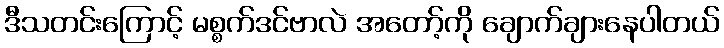
ဒီသတင်းကြောင့် မစ္စက်ဒင်ဗာလဲ အတော့်ကို ချောက်ချားနေပါတယ်